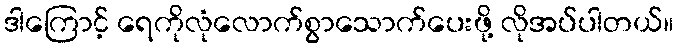
ဒါကြောင့် ရေကိုလုံလောက်စွာသောက်ပေးဖို့ လိုအပ်ပါတယ်။